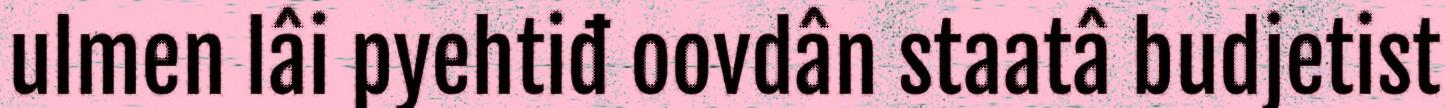
ulmen lâi pyehtiđ oovdân staatâ budjetist